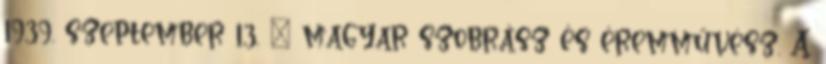
1939. szeptember 13. – magyar szobrász és éremművész. A